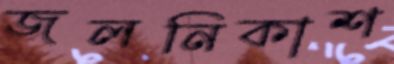
জলনিকাশ